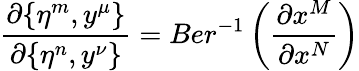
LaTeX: \frac{\partial\{ \eta^{m},y^{\mu}\} }{\partial\{ \eta^{n},y^{\nu}\} }=Ber^{-1}\left(\frac{\partial x^{M}}{\partial x^{N}}\right)